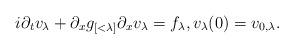
LaTeX: \begin{align*}i \partial_t v_\lambda + \partial_x g_{[<\lambda]} \partial_x v_\lambda = f_\lambda, v_\lambda(0) = v_{0,\lambda}.\end{align*}